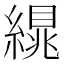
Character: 繉